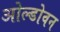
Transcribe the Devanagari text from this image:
ओल्डोवन